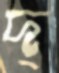
দ্